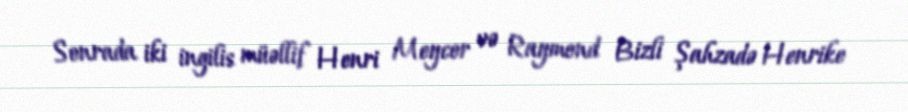
Sonrada iki ingilis müəllif Henri Meycor və Raymond Bizli Şahzadə Henrike